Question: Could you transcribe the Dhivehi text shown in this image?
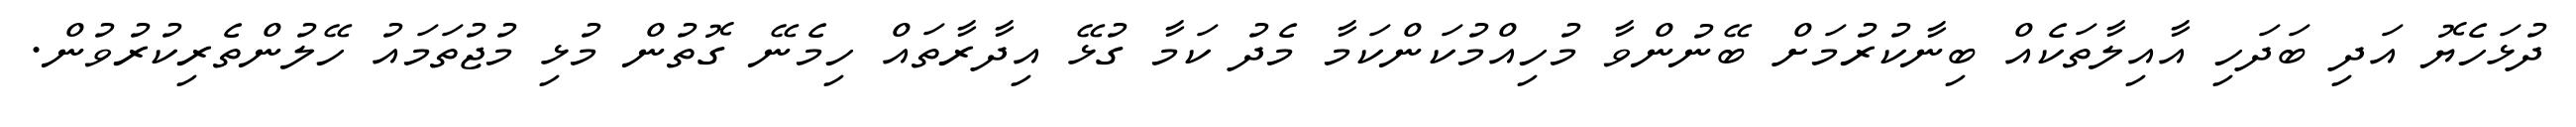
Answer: ދުޅަހެޔޮ އަދި ބަދަހި އާއިލާތަކެއް ބިނާކުރުމަށް ބޭނުންވާ މުހިއްމުކަންކަމާ މެދު ކަމާ ގުޅޭ އިދާރާތައް ހިމެނޭ ގޮތުން މުޅި މުޖުތަމައު ހޭލުންތެރިކުރުވުން.